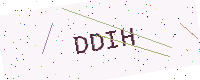
Text: DDIH